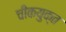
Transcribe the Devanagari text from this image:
चीकयुक्त